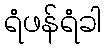
ရံဖန်ရံခါ